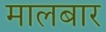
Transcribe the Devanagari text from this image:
मालबार